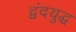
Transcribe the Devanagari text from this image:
द्वंदयुद्ध